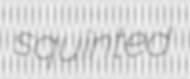
squinted